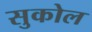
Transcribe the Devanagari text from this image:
सुकोल